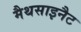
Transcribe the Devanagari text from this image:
मैथसाइनैट